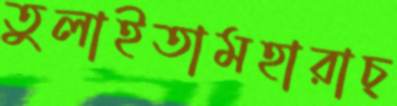
তুলাইতামহারাচ্